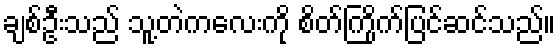
ချစ်ဦးသည် သူ့တဲကလေးကို စိတ်ကြိုက်ပြင်ဆင်သည်။